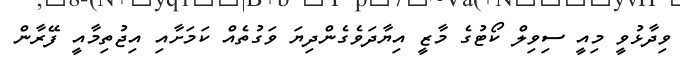
ވިދާޅުވީ މިއީ ސިވިލް ކޯޓުގެ މާޒީ އިޔާދަވެގެންދިޔަ ވަގުތެއް ކަމަށާއި އިޖުތިމާއީ ފޭރާން